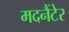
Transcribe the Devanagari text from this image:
मदनैंटेर